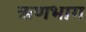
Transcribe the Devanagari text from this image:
ऋणभाग